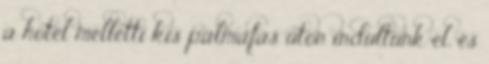
a hotel melletti kis pálmafás úton indultunk el, és